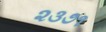
૨૩૭૧